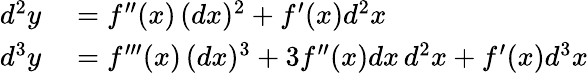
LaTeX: \begin{array}{rl}{d^{2}y}&{{}=f^{\prime\prime}(x)\, (dx)^{2}+f^{\prime}(x)d^{2}x}\\ {d^{3}y}&{{}=f^{\prime\prime\prime}(x)\, (dx)^{3}+3f^{\prime\prime}(x)dx\, d^{2}x+f^{\prime}(x)d^{3}x}\end{array}